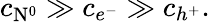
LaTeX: c_{\mathrm{N}^{0}}\gg c_{e^{-}}\gg c_{h^{+}}.